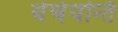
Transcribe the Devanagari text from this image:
येर्चयन्ति